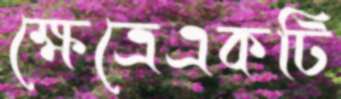
ক্ষেত্রেএকটি